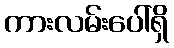
ကားလမ်းပေါ်ရှိ